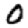
Digit: 0